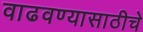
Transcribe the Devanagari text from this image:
वाढवण्यासाठीचे